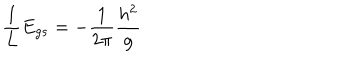
LaTeX: { \frac { 1 } { L } } E _ { g s } = - { \frac { 1 } { 2 \pi } } { \frac { h ^ { 2 } } { g } }